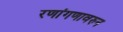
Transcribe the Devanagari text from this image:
रणांगणावरुन